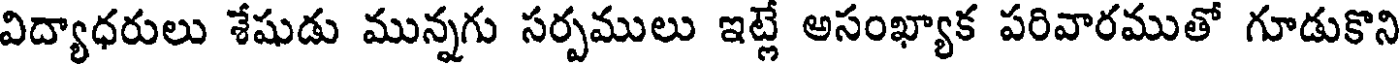
విద్యాధరులు శేషుడు మున్నగు సర్పములు ఇట్లే అసంఖ్యాక పరివారముతో గూడుకొని